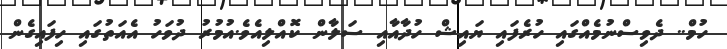
ހުމް.. ދެވިސްނުމެއްގައި ހުރެފައި ޔައިޝް ހުދާއާއި ސަލާން ކޮއްލިއެވެ.އުމުރު ދުވަހު އެއަތުގައި ހިފައިގެން